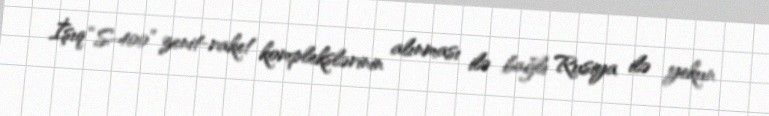
İşıq “S-400” zenit-raket komplekslərinin alınması ilə bağlı Rusiya ilə yekun